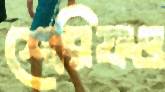
শেরিফও